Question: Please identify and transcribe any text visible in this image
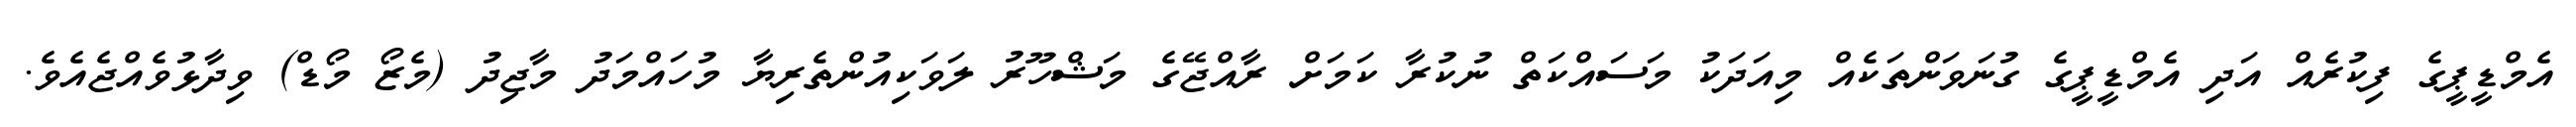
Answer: އެމްޑީޕީގެ ފިކުރެއް އަދި އެމްޑީޕީގެ ގުނަވަންތަކެއް މިއަދަކު މަސައްކަތް ނުކުރާ ކަމަށް ރާއްޖޭގެ މަޝްހޫރު ލަވަކިއުންތެރިޔާ މުހައްމަދު މާޖިދު (މެޒޯ މޯޑް) ވިދާޅުވެއްޖެއެވެ.